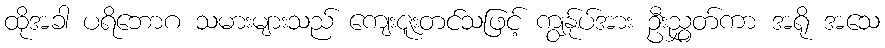
ထိုအခါ ပရိဘောဂ သမားများသည် ကျေးဇူးတင်သဖြင့် ကျွန်ုပ်အား ဦးညွှတ်ကာ အရို အသေ